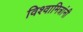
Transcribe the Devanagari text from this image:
विश्वामित्रांनी